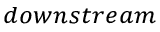
_ { d o w n s t r e a m }